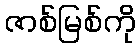
ဇာစ်မြစ်ကို